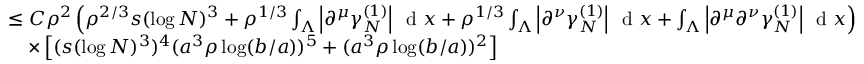
\begin{array} { r l } & { \leq C \rho ^ { 2 } \left( \rho ^ { 2 / 3 } s ( \log N ) ^ { 3 } + \rho ^ { 1 / 3 } \int _ { \Lambda } \left\vert \partial ^ { \mu } \gamma _ { N } ^ { ( 1 ) } \right\vert \, \textnormal { d } x + \rho ^ { 1 / 3 } \int _ { \Lambda } \left\vert \partial ^ { \nu } \gamma _ { N } ^ { ( 1 ) } \right\vert \, \textnormal { d } x + \int _ { \Lambda } \left\vert \partial ^ { \mu } \partial ^ { \nu } \gamma _ { N } ^ { ( 1 ) } \right\vert \, \textnormal { d } x \right) } \\ & { \quad \times \left[ ( s ( \log N ) ^ { 3 } ) ^ { 4 } ( a ^ { 3 } \rho \log ( b / a ) ) ^ { 5 } + ( a ^ { 3 } \rho \log ( b / a ) ) ^ { 2 } \right] } \end{array}